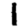
Digit: 1